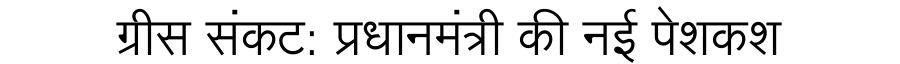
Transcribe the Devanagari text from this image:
ग्रीस संकट: प्रधानमंत्री की नई पेशकश